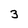
Character: 3